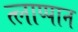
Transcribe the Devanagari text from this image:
त्लाप्पान